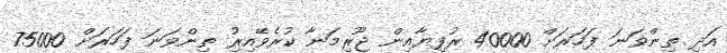
އަދި ތިންވަނަ ފަހަރަށް 40000 ރުފިޔާއިން ޖޫރިމަނާ ކުރެވޭއިރުި ތިންވަނަ ފަހަރަށް 75000